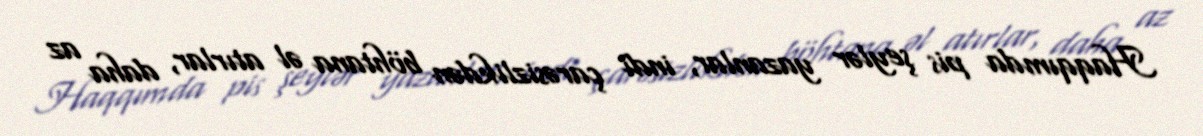
Haqqımda pis şeylər yazanlar, indi çarəsizlikdən böhtana əl atırlar, daha az